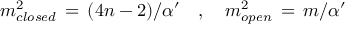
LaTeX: m _ { c l o s e d } ^ { 2 } \, = \, ( 4 n - 2 ) / { \alpha ^ { \prime } } \, \, \, \, \, \, , \, \, \, \, \, \, m _ { o p e n } ^ { 2 } \, = \, m / { \alpha ^ { \prime } }